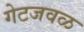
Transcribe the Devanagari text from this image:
गेटजवळ